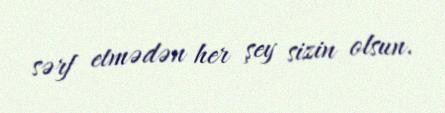
sərf etmədən her şey sizin olsun.